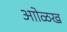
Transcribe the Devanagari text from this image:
आोळख